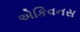
એકિવનસ